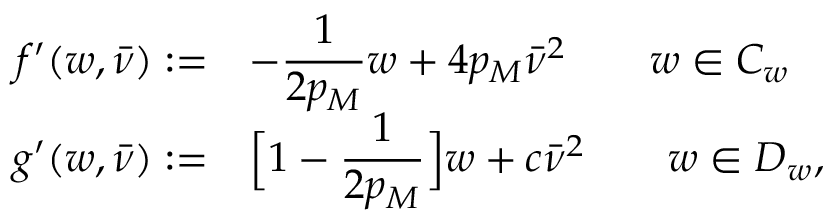
\begin{array} { r l } { f ^ { \prime } ( w , \bar { \nu } ) : = } & { - \displaystyle \frac { 1 } { 2 p _ { M } } w + 4 p _ { M } \bar { \nu } ^ { 2 } \qquad w \in C _ { w } } \\ { g ^ { \prime } ( w , \bar { \nu } ) : = } & { \Big [ 1 - \displaystyle \frac { 1 } { 2 p _ { M } } \Big ] w + c \bar { \nu } ^ { 2 } \qquad w \in D _ { w } , } \end{array}